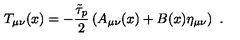
T _ { \mu \nu } ( x ) = - \frac { \tilde { \tau } _ { p } } { 2 } \left( A _ { \mu \nu } ( x ) + B ( x ) \eta _ { \mu \nu } \right) \ .